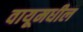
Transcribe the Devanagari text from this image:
वायूमधील